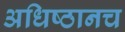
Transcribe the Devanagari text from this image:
अधिष्ठानच